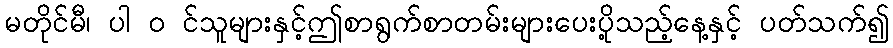
မတိုင်မီ၊ ပါ ၀ င်သူများနှင့်ဤစာရွက်စာတမ်းများပေးပို့သည့်နေ့နှင့် ပတ်သက်၍